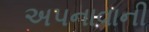
અપનાવાની